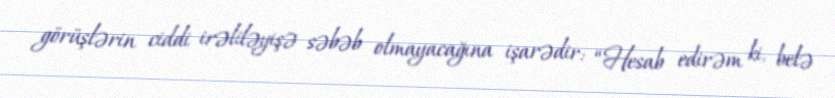
görüşlərin ciddi irəliləyişə səbəb olmayacağına işarədir: “Hesab edirəm ki, belə